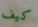
كيف